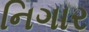
નિગાર